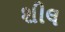
શીલ